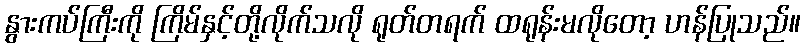
နွားကပ်ကြီးကို ကြိမ်နှင့်တို့လိုက်သလို ရုတ်တရက် ထရုန်းမလိုတော့ ဟန်ပြုသည်။